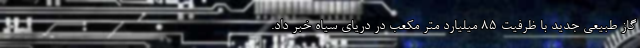
گاز طبیعی جدید با ظرفیت ۸۵ میلیارد متر مکعب در دریای سیاه خبر داد.